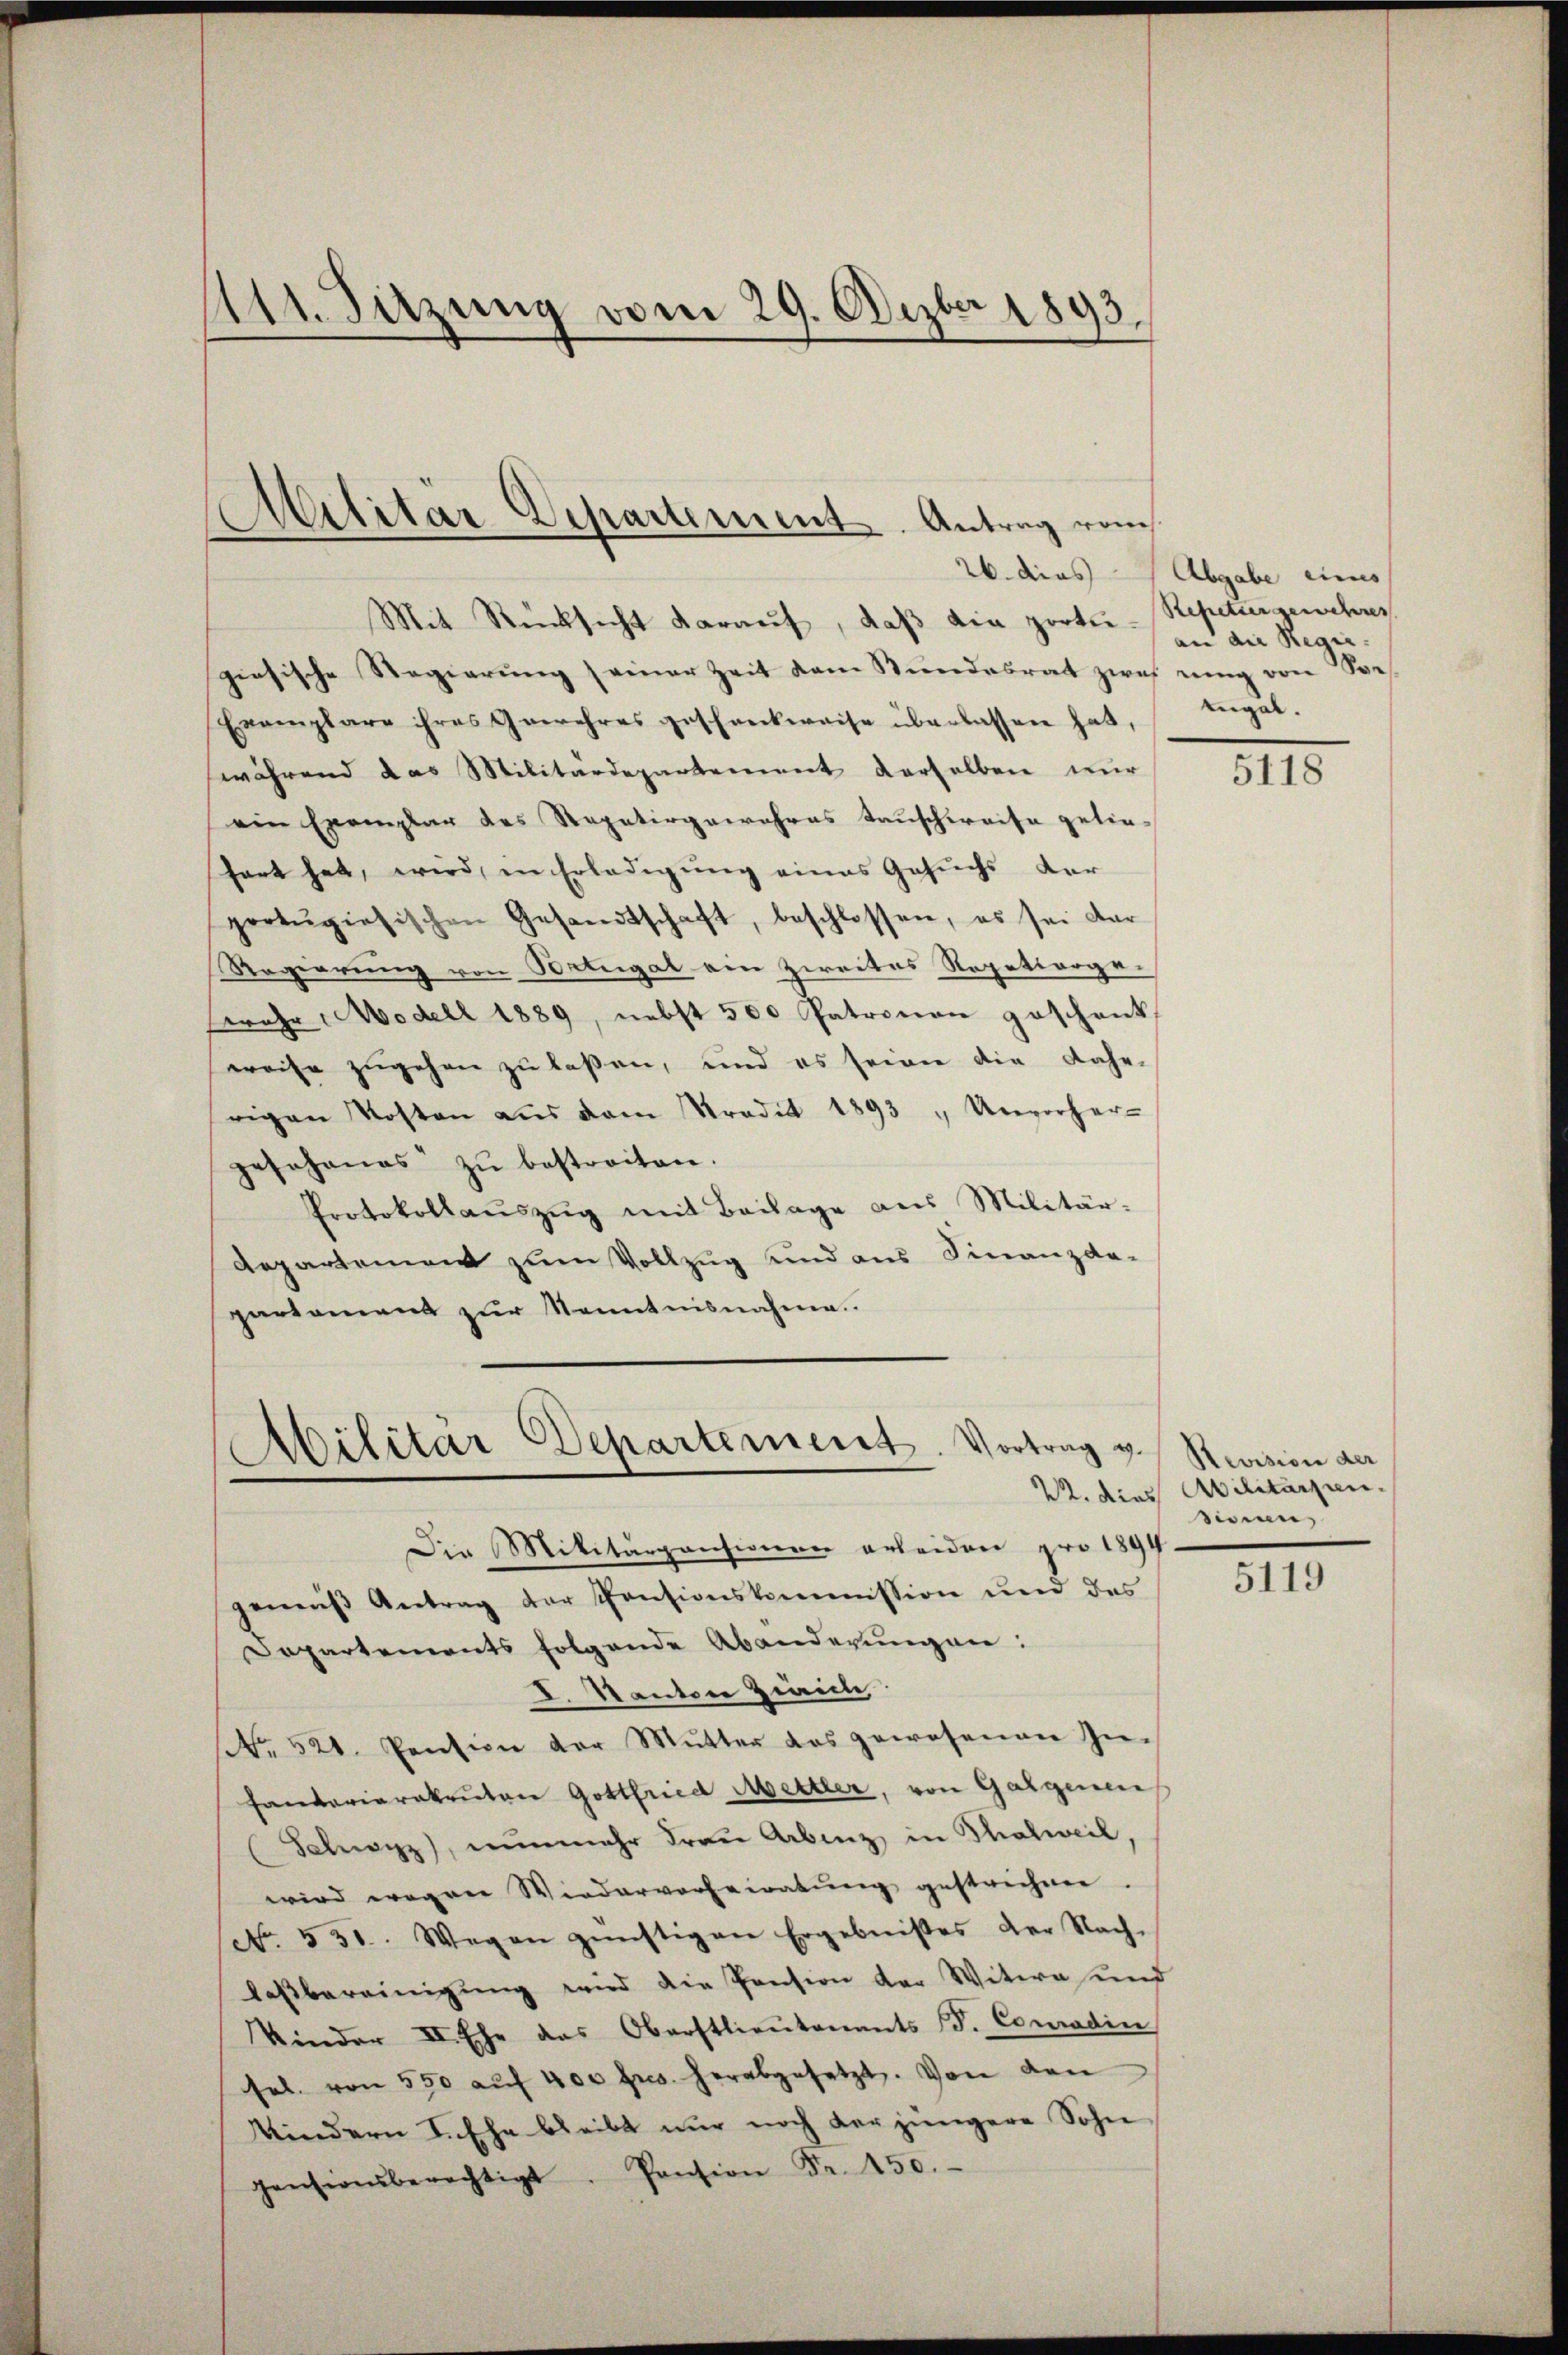
111. Sitzung vom 29. Dezbr 1893.

Mit Rücksicht daraŭf, daβ dia portie-Repetiergewehres
giesische Regierŭng seiner Zeit dem Stundesrat zwei ring von Se
Exemplare ihres Gewehres geschankweise überlassen hat,
während das Militärdepartement derselben nur
ein Exemplar des Repatergewahres tauschweise gelietart hat, wird, in Erledigung eines Gesuchs der
protŭgiesischen Gesandtschaft, beschlossen, es sei dar
Regierung von Portugal ein Zweites Repetiorge¬
Ewahr, Modell 1889, nebst 500 Patronen geschenk
weise zugehen zu laßen, und es seiner die Fahr-
rigen Kosten aus dem Tradit 1893 " Unvorher-
jeJohanes zŭ bestreiten.
Protokollaŭszŭg mit Beilage aus Militär-
Repartement zum Vollzug und aus Finanzda-
partament zur Kenntnisnahme.

.
ditär Departement. Antrag vom

Militär-Departement. Vortrag v.

26. dies Abgabe eines
an die Regen.
tugal.

Die Militärpansionen erleiden pro 1894.
geneiβ Antrag der Pensionskommission und des
Departements folgende Abänderungen:
I. Nantone Zeich
No. 521. Pension der Mŭtter das gewesenen In-
Handerierekruten Gottfried Mettler, von Galgenen
Schwyz, nŭnmehr Fraŭ Abenz in Thalweil,
wird wegen Wiedervorheiratŭng gestrichen.
No. 531. Wegen günstigen Ergebnißes der Nach-
laßbereinigung wird die Pension der Witwe und
Kinder II. Ehe das Oberstlieutenants S. Comadin
sel. von 550 aŭf 400 frs. herabgesetzt. Von den
Kindern L. Ehe bleibt nur noch der jüngere Sohn
pensionsberechtigt. Pension Fr. 150.

IIII.

Revision der
22. dies Abilitärgen.
sinian

5119